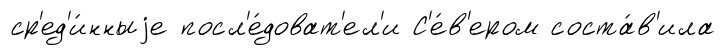
ср'ед'и́нныjе посл'е́доват'ел'и С'е́в'ером соста́в'ила